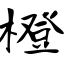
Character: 橙